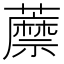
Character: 𧂷